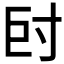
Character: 𡬡